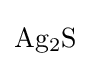
{\mathrm {Ag} {\vphantom {A}}_{\smash[{t}]{2}}\mathrm {S} }